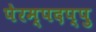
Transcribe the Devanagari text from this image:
पेरम्पदप्पु